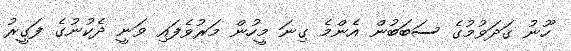
ހޫނު ގަދަވުމުގެ ސަބަބުން އެންމެ ގިނަ މީހުން މަރުވެފައި ވަނީ ދެކުނުގެ ފަގީރު